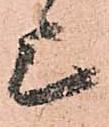
上